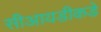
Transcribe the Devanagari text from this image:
सीआयडीकडे